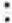
: